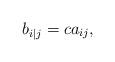
LaTeX: \begin{align*}b_{i|j} = c a_{ij}, \end{align*}